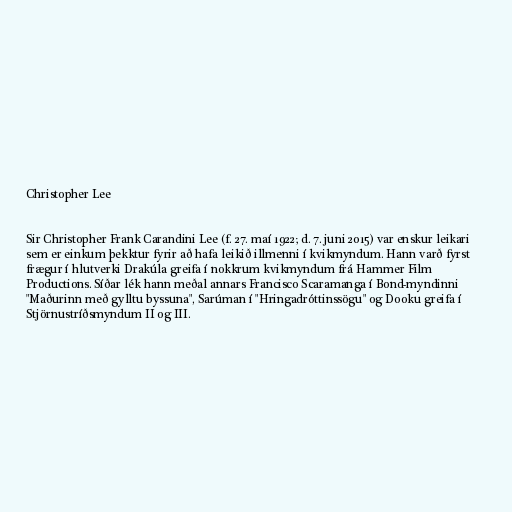
Christopher Lee

Sir Christopher Frank Carandini Lee (f. 27. maí 1922; d. 7. juni 2015) var enskur leikari
sem er einkum þekktur fyrir að hafa leikið illmenni í kvikmyndum. Hann varð fyrst
frægur í hlutverki Drakúla greifa í nokkrum kvikmyndum frá Hammer Film
Productions. Síðar lék hann meðal annars Francisco Scaramanga í Bond-myndinni
"Maðurinn með gylltu byssuna", Sarúman í "Hringadróttinssögu" og Dooku greifa í
Stjörnustríðsmyndum II og III.